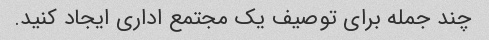
چند جمله برای توصیف یک مجتمع اداری ایجاد کنید.